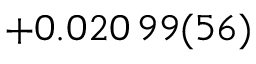
+ 0 . 0 2 0 \, 9 9 ( 5 6 )